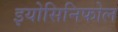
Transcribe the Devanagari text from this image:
इयोसिनिफोल